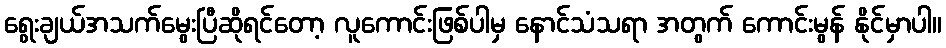
ရွေးချယ်အသက်မွေးပြီဆိုရင်တော့ လူကောင်းဖြစ်ပါမှ နောင်သံသရာ အတွက် ကောင်းမွန် နိုင်မှာပါ။